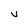
Character: v